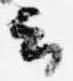
云